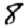
Digit: 8